Indian journal of veterinary science and animal husbandry - Volumes 22-23, 1952-1953
Year: 1952
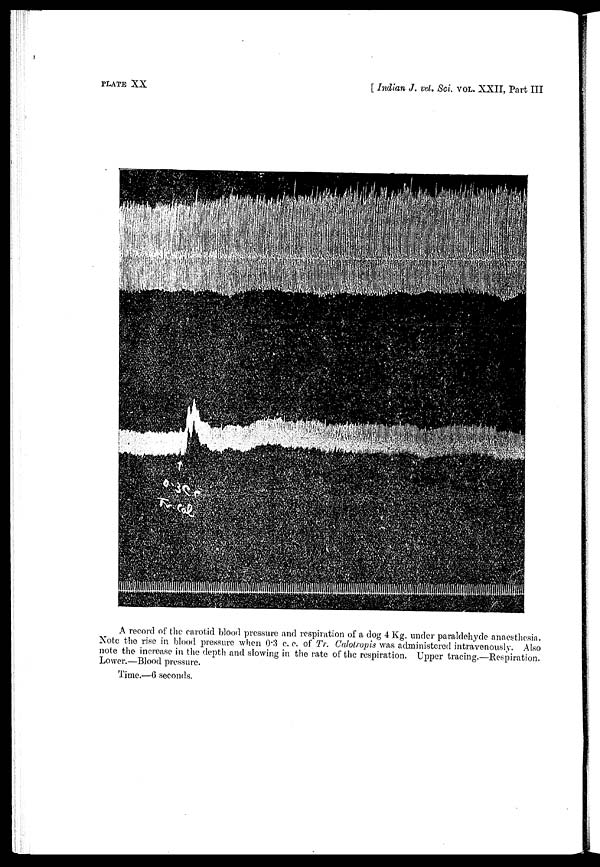
PLATE XX
[ Indian J. vet. Sci. VOL. XXII, Part III
A record of the carotid blood pressure and respiration of a dog 4 Kg. under paraldehyde anaesthesia.
Note the rise in blood pressure when 0.3 c.c. of Tr. Calotropis was administered intravenously. Also
note the increase in the depth and slowing in the rate of the respiration. Upper tracing.—Respiration.
Lower.—Blood pressure.
Time.—6 seconds.